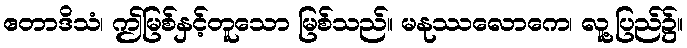
ဧတာဒိသံ၊ ဤမြစ်နှင့်တူသော မြစ်သည်။ မနုဿလောကေ၊ လူ့ပြည်၌။